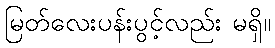
မြတ်လေးပန်းပွင့်လည်း မရှိ။